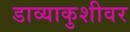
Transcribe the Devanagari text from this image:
डाव्याकुशीवर